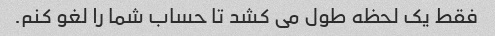
فقط یک لحظه طول می کشد تا حساب شما را لغو کنم.